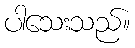
ပါသေးသည်။